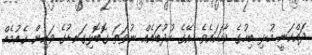
ދައްކަނީ މުޅި ބިހުގެ ވާހަކައެވެ. އޭގެ ހުދުބައެއް ނުވަތަ ގޮބޮޅިގަނޑުގެ ވަކިން ކެއުމެއް